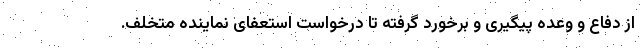
از دفاع و وعده پیگیری و برخورد گرفته تا درخواست استعفای نماینده متخلف.